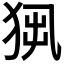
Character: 𤞁